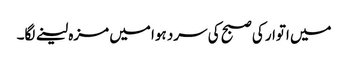
میں اتوار کی صبح کی سرد ہوا میں مزہ لینے لگا۔